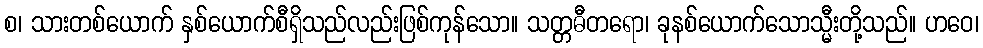
စ၊ သားတစ်ယောက် နှစ်ယောက်စီရှိသည်လည်းဖြစ်ကုန်သော။ သတ္တဓီတရော၊ ခုနစ်ယောက်သောသ္မီးတို့သည်။ ဟဝေ၊